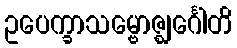
ဥပေက္ခာသမ္ဗောဇ္ဈင်္ဂေါတိ